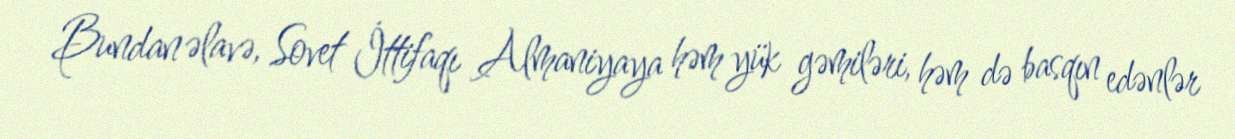
Bundan əlavə, Sovet İttifaqı Almaniyaya həm yük gəmiləri, həm də basqın edənlər